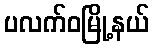
ပလက်ဝမြို့နယ်